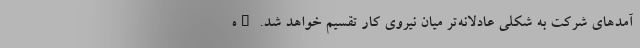
آمدهای شرکت به شکلی عادلانه‌‌تر میان نیروی کار تقسیم خواهد شد. "ه